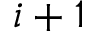
i + 1